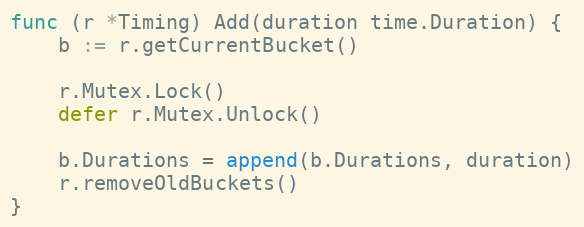
Language: Go
func (r *Timing) Add(duration time.Duration) {
	b := r.getCurrentBucket()

	r.Mutex.Lock()
	defer r.Mutex.Unlock()

	b.Durations = append(b.Durations, duration)
	r.removeOldBuckets()
}